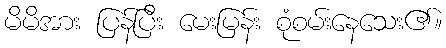
မိမိအား ပြန်ပြီး မေးမြန်း စုံစမ်းနေသေး၏။